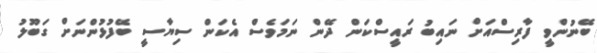
ބޭނުންވީ ފާރިސްއަށް ނައިބު ރައީސްކަން ދޭން ނަމަވެސް އެކަން ސިޔާސީ ބޭފުޅުންނަށް ގަބޫލު